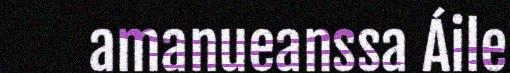
amanueanssa Áile